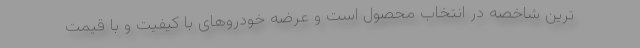
ترین شاخصه در انتخاب محصول است و عرضه خودروهای با کیفیت و با قیمت